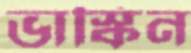
ভাস্কিন